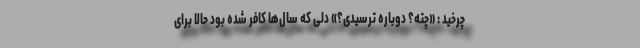
چرخید : «چته؟ دوباره ترسیدی؟» دلی که سال‌ها کافر شده بود حالا برای